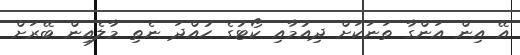
އޭ އިން އަންގާ ތަނަކަށް ދިއުމާއި ކޯޓުގެ ހުއްދަ ނެތި މާލެއިން ބޭރަށް